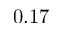
0 . 1 7